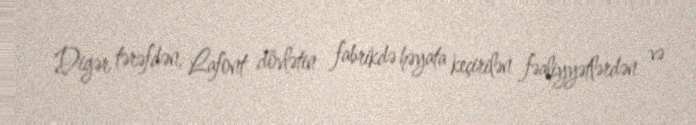
Digər tərəfdən, Lafont dövlətin fabrikdə həyata keçirilən fəaliyyətlərdən və